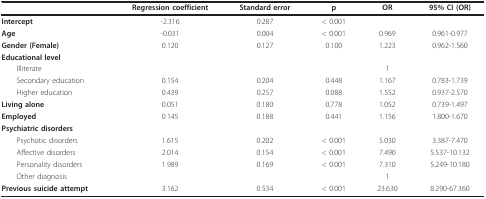
|  | Regression coefficient | Standard error | p | OR | 95% CI (OR) |
 | --- | --- | --- | --- | --- | --- |
 | Intercept | -2.316 | 0.287 | < 0.001 |  |  |
 | Age | -0.031 | 0.004 | < 0.001 | 0.969 | 0.961-0.977 |
 | Gender (Female) | 0.120 | 0.127 | 0.100 | 1.223 | 0.962-1.560 |
 | Educational level |  |  |  |  |  |
 | Illiterate |  |  |  | 1 |  |
 | Secondary education | 0.154 | 0.204 | 0.448 | 1.167 | 0.783-1.739 |
 | Higher education | 0.439 | 0.257 | 0.088 | 1.552 | 0.937-2.570 |
 | Living alone | 0.051 | 0.180 | 0.778 | 1.052 | 0.739-1.497 |
 | Employed | 0.145 | 0.188 | 0.441 | 1.156 | 1.800-1.670 |
 | Psychiatric disorders |  |  |  |  |  |
 | Psychotic disorders | 1.615 | 0.202 | < 0.001 | 5.030 | 3.387-7.470 |
 | Affective disorders | 2.014 | 0.154 | < 0.001 | 7.490 | 5.537-10.132 |
 | Personality disorders | 1.989 | 0.169 | < 0.001 | 7.310 | 5.249-10.180 |
 | Other diagnosis |  |  |  | 1 |  |
 | Previous suicide attempt | 3.162 | 0.534 | < 0.001 | 23.630 | 8.290-67.360 |